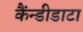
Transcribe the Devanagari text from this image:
कैंन्डीडाटा